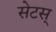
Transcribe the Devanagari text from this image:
सेटस्